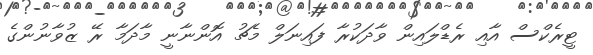
ޓީރެކްސް އާއި ރެޑްލައިން ވާދަކުރާ ފައިނަލް މެޗު އޮންނާނީ މާދަމާ ރޭ ޒުވާނުންގެ